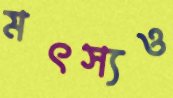
মৎস্যও